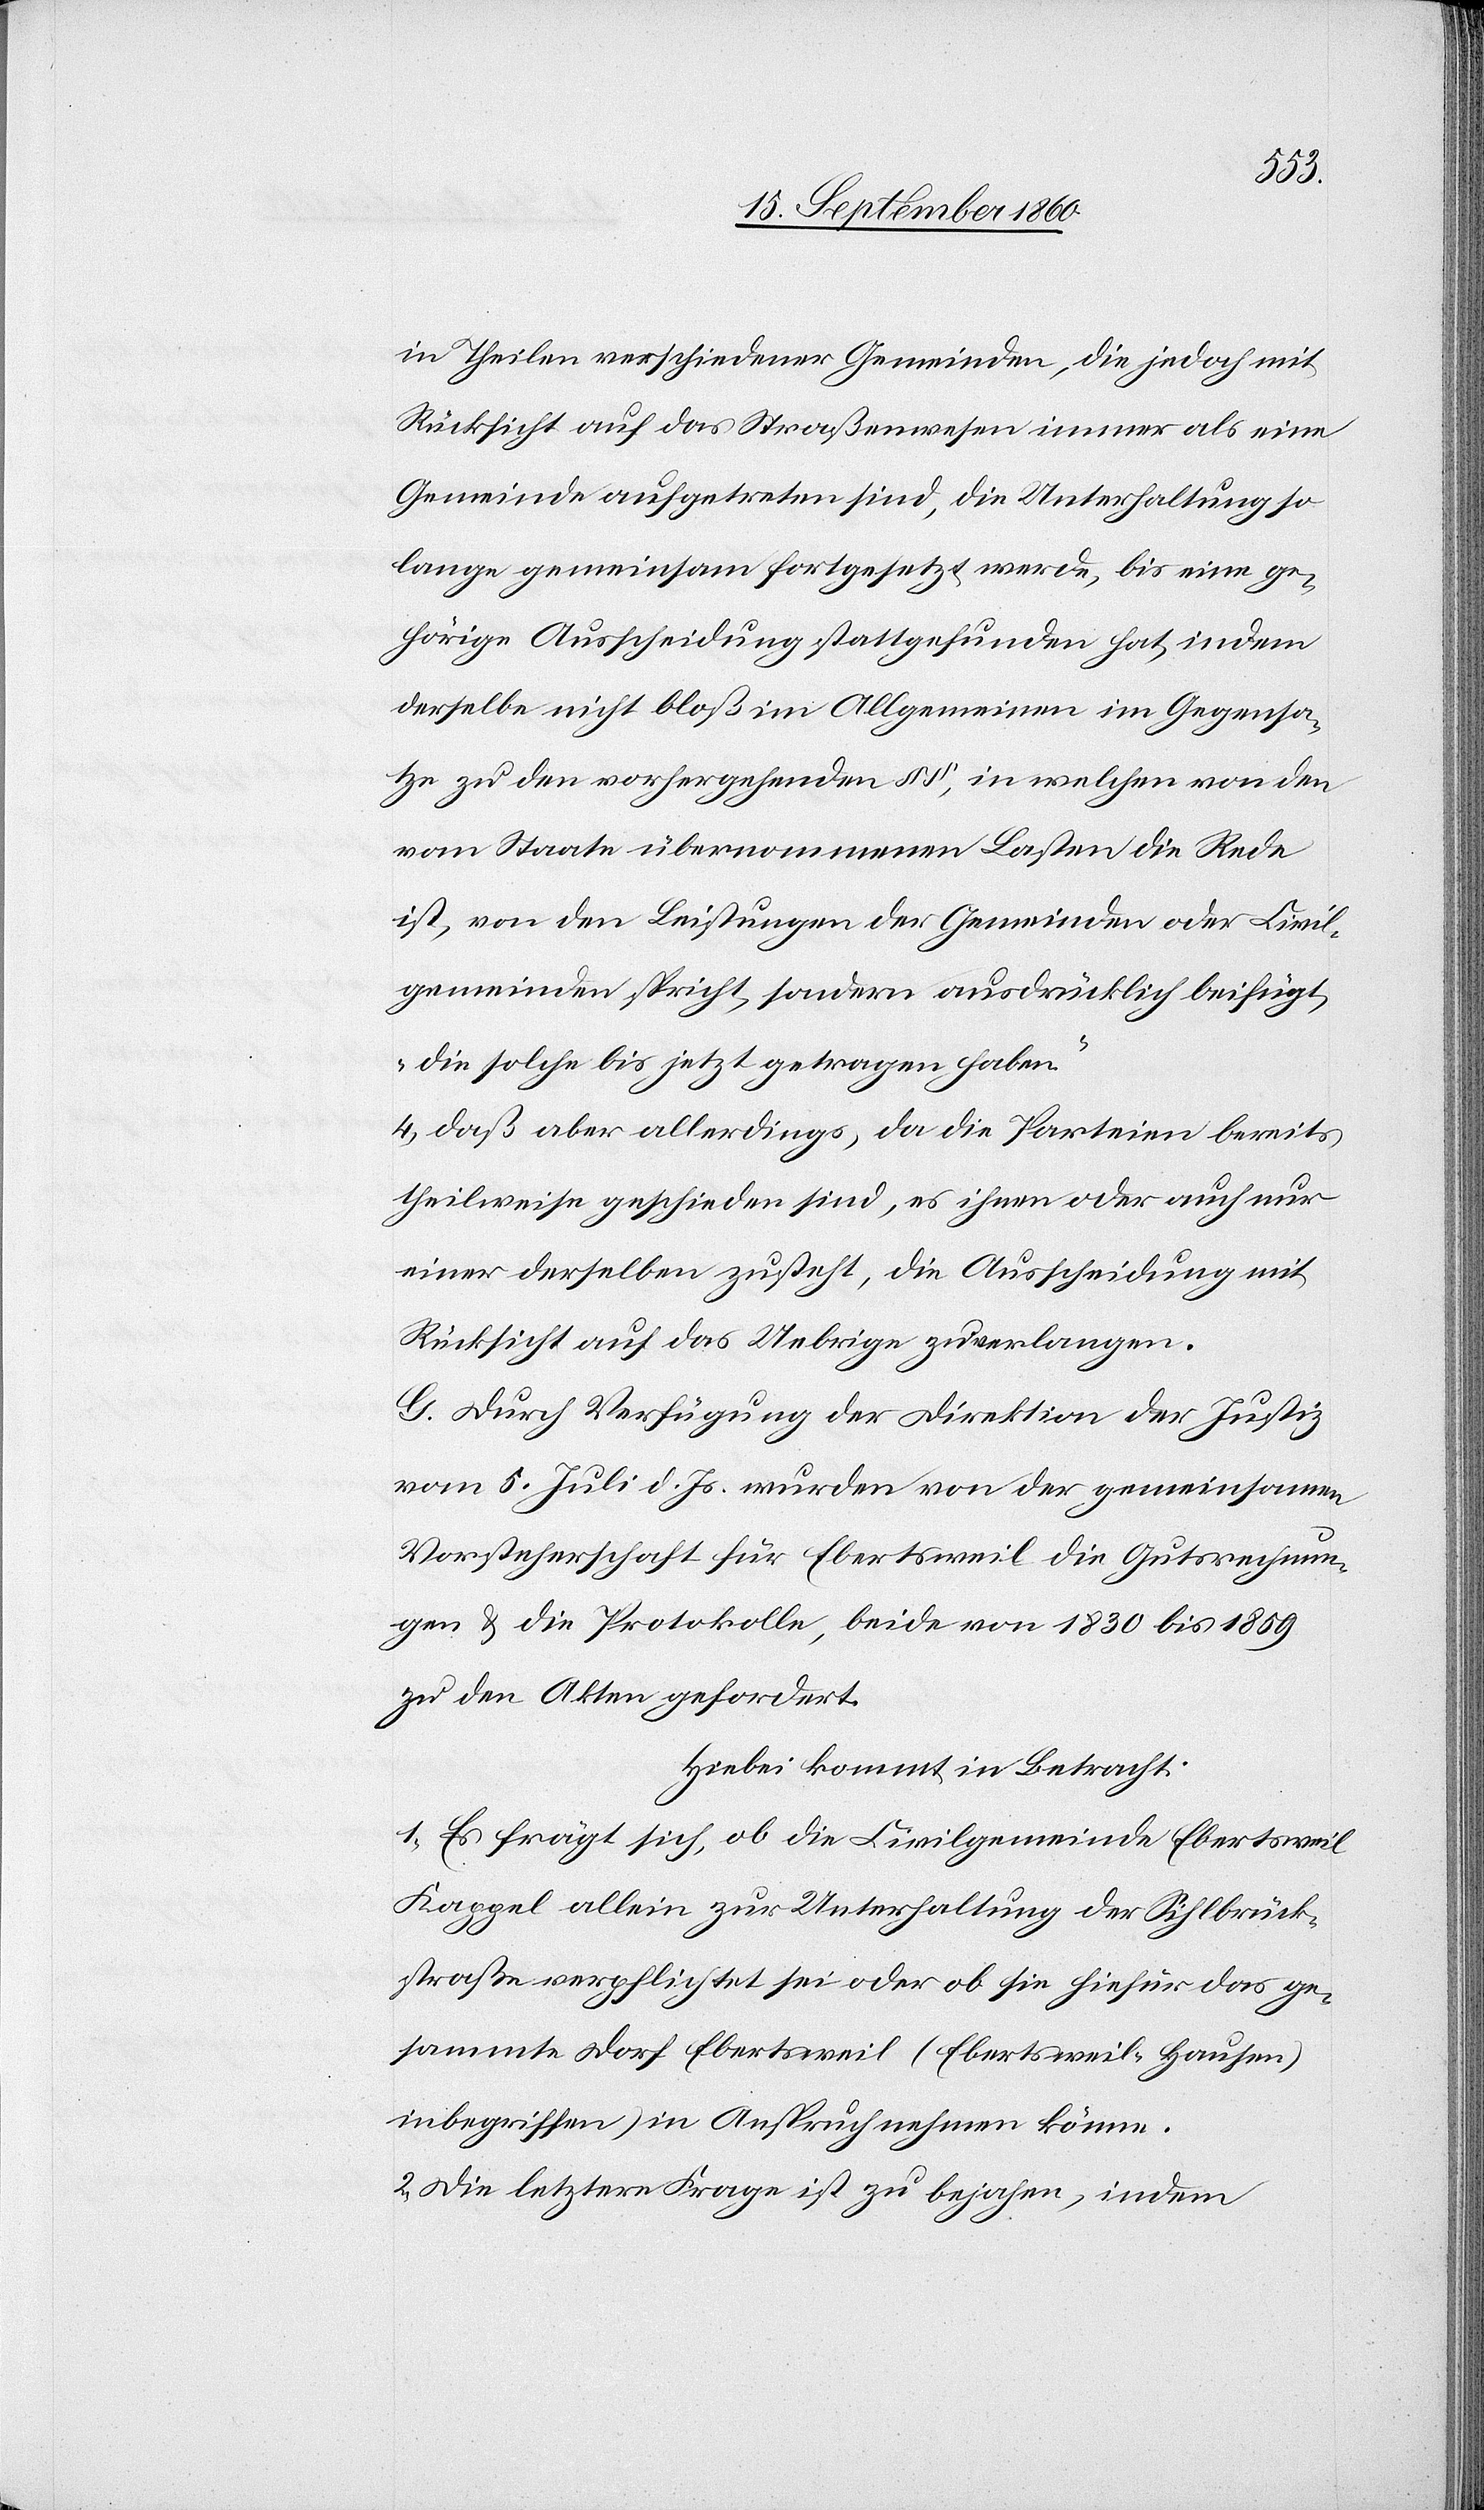
in Theilen verschiedener Gemeinden, die jedoch mit
Rücksicht auf das Straßenwesen immer als eine
Gemeinde aufgetreten sind, die Unterhaltung so
lange gemeinsam fortgesetzt werde, bis eine ge¬
hörige Ausscheidung stattgefunden hat, indem
derselbe nicht bloß im Allgemeinen im Gegensa¬
tze zu den vorhergehenden §§, in welchen von den
vom Staate übernommenen Lasten die Rede
ist, von den Leistungen der Gemeinden oder Civil¬
gemeinden spricht, sondern ausdrücklich beifügt,
„die solche bis jetzt getragen haben.“
4. daß aber allerdings, da die Parteien bereits
theilweise geschieden sind, es ihnen oder auch nur
einer derselben zusteht, die Ausscheidung mit
Rücksicht auf das Uebrige zu verlangen.
G. Durch Verfügung der Direktion der Justiz
vom 5. Juli d. Js. wurden von der gemeinsamen
Vorsteherschaft für Ebertsweil die Gutsrechnun¬
gen u. die Protokolle, beide von 1830 bis 1859
zu den Akten gefordert.
Hiebei kommt in Betracht:
1. Es frägt sich, ob die Civilgemeinde Ebertsweil
Kappel allein zur Unterhaltung der Sihlbrück¬
straße verpflichtet sei oder ob sie hiefür das ge¬
sammte Dorf Ebertsweil (Ebertsweil-Hausen)
inbegriffen) in Anspruch nehmen könne.
2. Die letztere Frage ist zu bejahen, indem